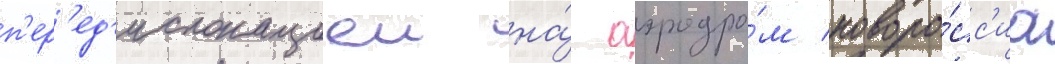
п'ер'ед'ислокациеи на́ аэродро́м новоро́сс'иа